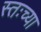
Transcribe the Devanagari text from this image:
स्तःच्या